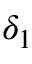
\delta _ { 1 }